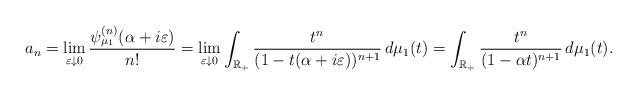
LaTeX: \begin{align*}a_{n}=\lim_{\varepsilon\downarrow0}\frac{\psi_{\mu_{1}}^{(n)}(\alpha+i\varepsilon)}{n!}=\lim_{\varepsilon\downarrow0}\int_{\mathbb{R}_{+}}\frac{t^{n}}{(1-t(\alpha+i\varepsilon))^{n+1}}\,d\mu_{1}(t)=\int_{\mathbb{R}_{+}}\frac{t^{n}}{(1-\alpha t)^{n+1}}\,d\mu_{1}(t).\end{align*}